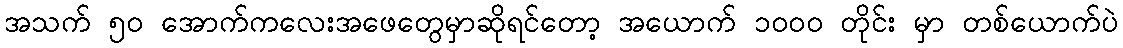
အသက် ၅၀ အောက်ကလေးအဖေတွေမှာဆိုရင်တော့ အယောက် ၁၀၀၀ တိုင်း မှာ တစ်ယောက်ပဲ